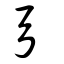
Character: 弓